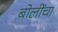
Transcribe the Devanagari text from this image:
बोलींचा